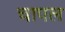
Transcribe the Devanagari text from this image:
चापल